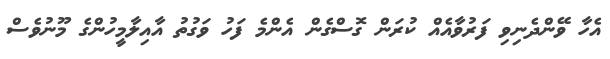
އެހާ ވޭންދެނިވި ފަރުވާއެއް ކުރަން ގޮސްގެން އެންމެ ފަހު ވަގުތު އާއިލާމީހުންގެ މޫނުވެސް